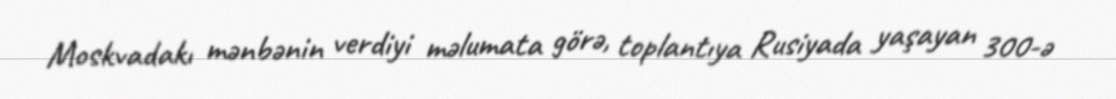
Moskvadakı mənbənin verdiyi məlumata görə, toplantıya Rusiyada yaşayan 300-ə